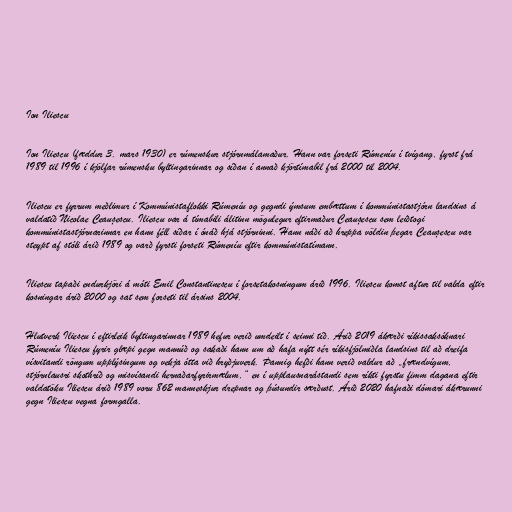
Ion Iliescu

Ion Iliescu (fæddur 3. mars 1930) er rúmenskur stjórnmálamaður. Hann var forseti Rúmeníu í tvígang, fyrst frá
1989 til 1996 í kjölfar rúmensku byltingarinnar og síðan í annað kjörtímabil frá 2000 til 2004.

Iliescu er fyrrum meðlimur í Kommúnistaflokki Rúmeníu og gegndi ýmsum embættum í kommúnistastjórn landsins á
valdatíð Nicolae Ceaușescu. Iliescu var á tímabili álitinn mögulegur eftirmaður Ceaușescu sem leiðtogi
kommúnistastjórnarinnar en hann féll síðar í ónáð hjá stjórninni. Hann náði að hreppa völdin þegar Ceaușescu var
steypt af stóli árið 1989 og varð fyrsti forseti Rúmeníu eftir kommúnistatímann.

Iliescu tapaði endurkjöri á móti Emil Constantinescu í forsetakosningum árið 1996. Iliescu komst aftur til valda eftir
kosningar árið 2000 og sat sem forseti til ársins 2004.

Hlutverk Iliescu í eftirleik byltingarinnar 1989 hefur verið umdeilt í seinni tíð. Árið 2019 ákærði ríkissaksóknari
Rúmeníu Iliescu fyrir glæpi gegn mannúð og sakaði hann um að hafa nýtt sér ríkisfjölmiðla landsins til að dreifa
vísvitandi röngum upplýsingum og vekja ótta við hryðjuverk. Þannig hefði hann verið valdur að „frændvígum,
stjórnlausri skothríð og misvísandi hernaðarfyrirmælum,“ en í upplausnarástandi sem ríkti fyrstu fimm dagana eftir
valdatöku Iliescu árið 1989 voru 862 manneskjur drepnar og þúsundir særðust. Árið 2020 hafnaði dómari ákærunni
gegn Iliescu vegna formgalla.